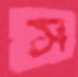
স